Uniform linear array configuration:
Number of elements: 16
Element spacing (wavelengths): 1
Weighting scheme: cosine
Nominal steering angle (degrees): -15
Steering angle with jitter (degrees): -13.968
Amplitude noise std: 0.05
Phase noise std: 0.05

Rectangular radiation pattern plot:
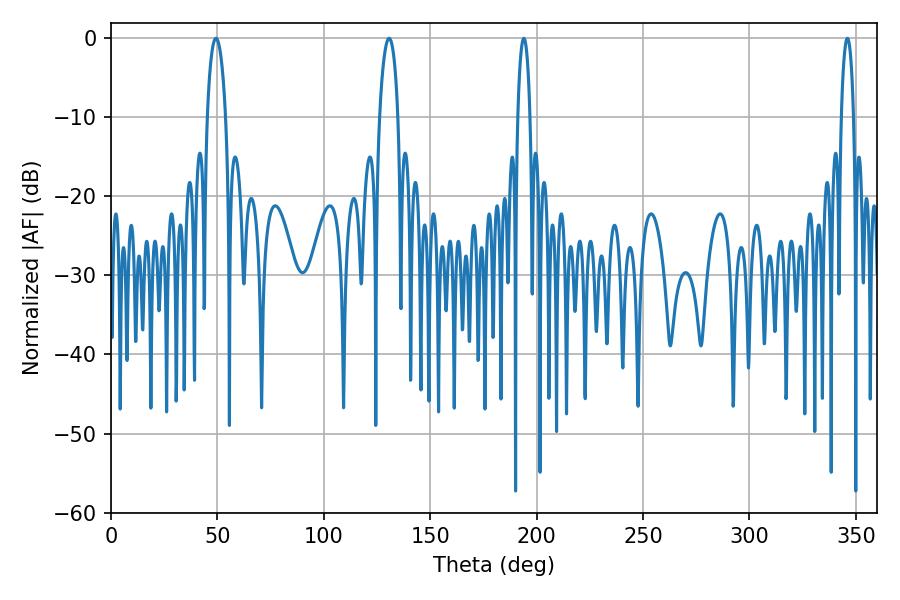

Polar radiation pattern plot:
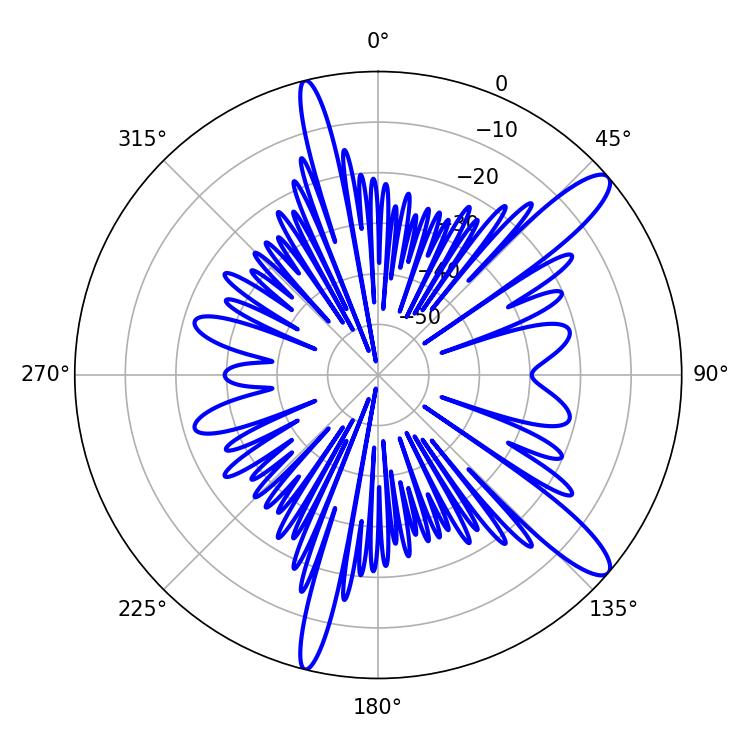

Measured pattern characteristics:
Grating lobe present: TRUE
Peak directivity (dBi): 12.44
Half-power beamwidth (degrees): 4.86
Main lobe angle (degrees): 130.68